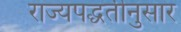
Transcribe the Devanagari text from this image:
राज्यपद्धतीनुसार